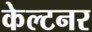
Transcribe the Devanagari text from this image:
केल्टनर